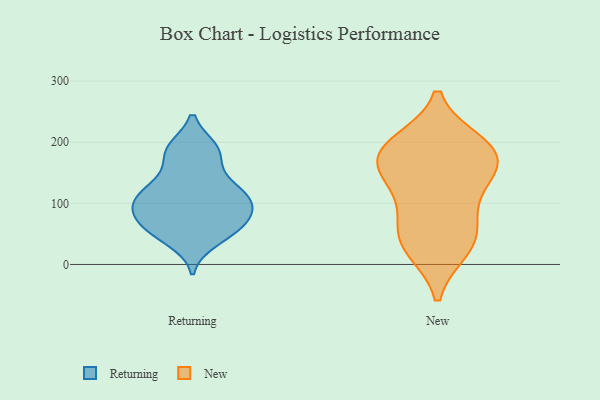
{"axis": {"x": "Energy Usage (MWh)", "y": "Value"}, "legend": ["New", "Returning"], "data": [{"x": "", "y": 175, "type": "Returning"}, {"x": "", "y": 130, "type": "Returning"}, {"x": "", "y": 84, "type": "Returning"}, {"x": "", "y": 188, "type": "Returning"}, {"x": "", "y": 51, "type": "Returning"}, {"x": "", "y": 189, "type": "Returning"}, {"x": "", "y": 188, "type": "Returning"}, {"x": "", "y": 96, "type": "Returning"}, {"x": "", "y": 117, "type": "Returning"}, {"x": "", "y": 59, "type": "Returning"}, {"x": "", "y": 63, "type": "Returning"}, {"x": "", "y": 125, "type": "Returning"}, {"x": "", "y": 101, "type": "Returning"}, {"x": "", "y": 131, "type": "Returning"}, {"x": "", "y": 39, "type": "Returning"}, {"x": "", "y": 101, "type": "Returning"}, {"x": "", "y": 96, "type": "Returning"}, {"x": "", "y": 57, "type": "Returning"}, {"x": "", "y": 81, "type": "Returning"}, {"x": "", "y": 30, "type": "New"}, {"x": "", "y": 170, "type": "New"}, {"x": "", "y": 181, "type": "New"}, {"x": "", "y": 26, "type": "New"}, {"x": "", "y": 66, "type": "New"}, {"x": "", "y": 148, "type": "New"}, {"x": "", "y": 181, "type": "New"}, {"x": "", "y": 194, "type": "New"}, {"x": "", "y": 107, "type": "New"}, {"x": "", "y": 198, "type": "New"}, {"x": "", "y": 48, "type": "New"}, {"x": "", "y": 138, "type": "New"}]}